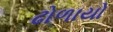
ઢોળાયો